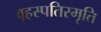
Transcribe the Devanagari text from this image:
वृहस्पतिस्मृति